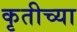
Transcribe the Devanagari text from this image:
कृतीच्या